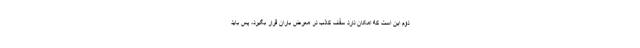
دوم این است که امکان دارد سقف کاذب در معرض باران قرار بگیرد، پس باید